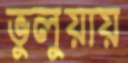
ভুলুয়ায়